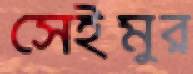
সেইমুর